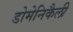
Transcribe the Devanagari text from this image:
डोमेनिकैली